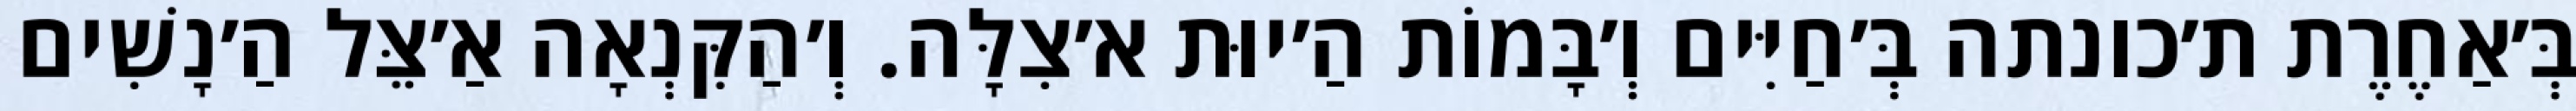
בְּ׳אַחֶרֶת ת׳כונתה בְּ׳חַיִּים וְ׳בָּמוֹת הַ׳יוּת א׳צִלָּה. וְ׳הַקִּנְאָה אַ׳צֵּל הַ׳נָשִׁים